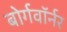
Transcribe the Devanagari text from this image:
बोर्गवॉर्नर